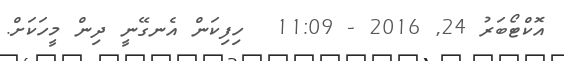
އޮކްޓޯބަރު 24